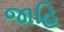
જાહિ